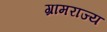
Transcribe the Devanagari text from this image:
ग्रामराज्य